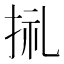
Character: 𢬦